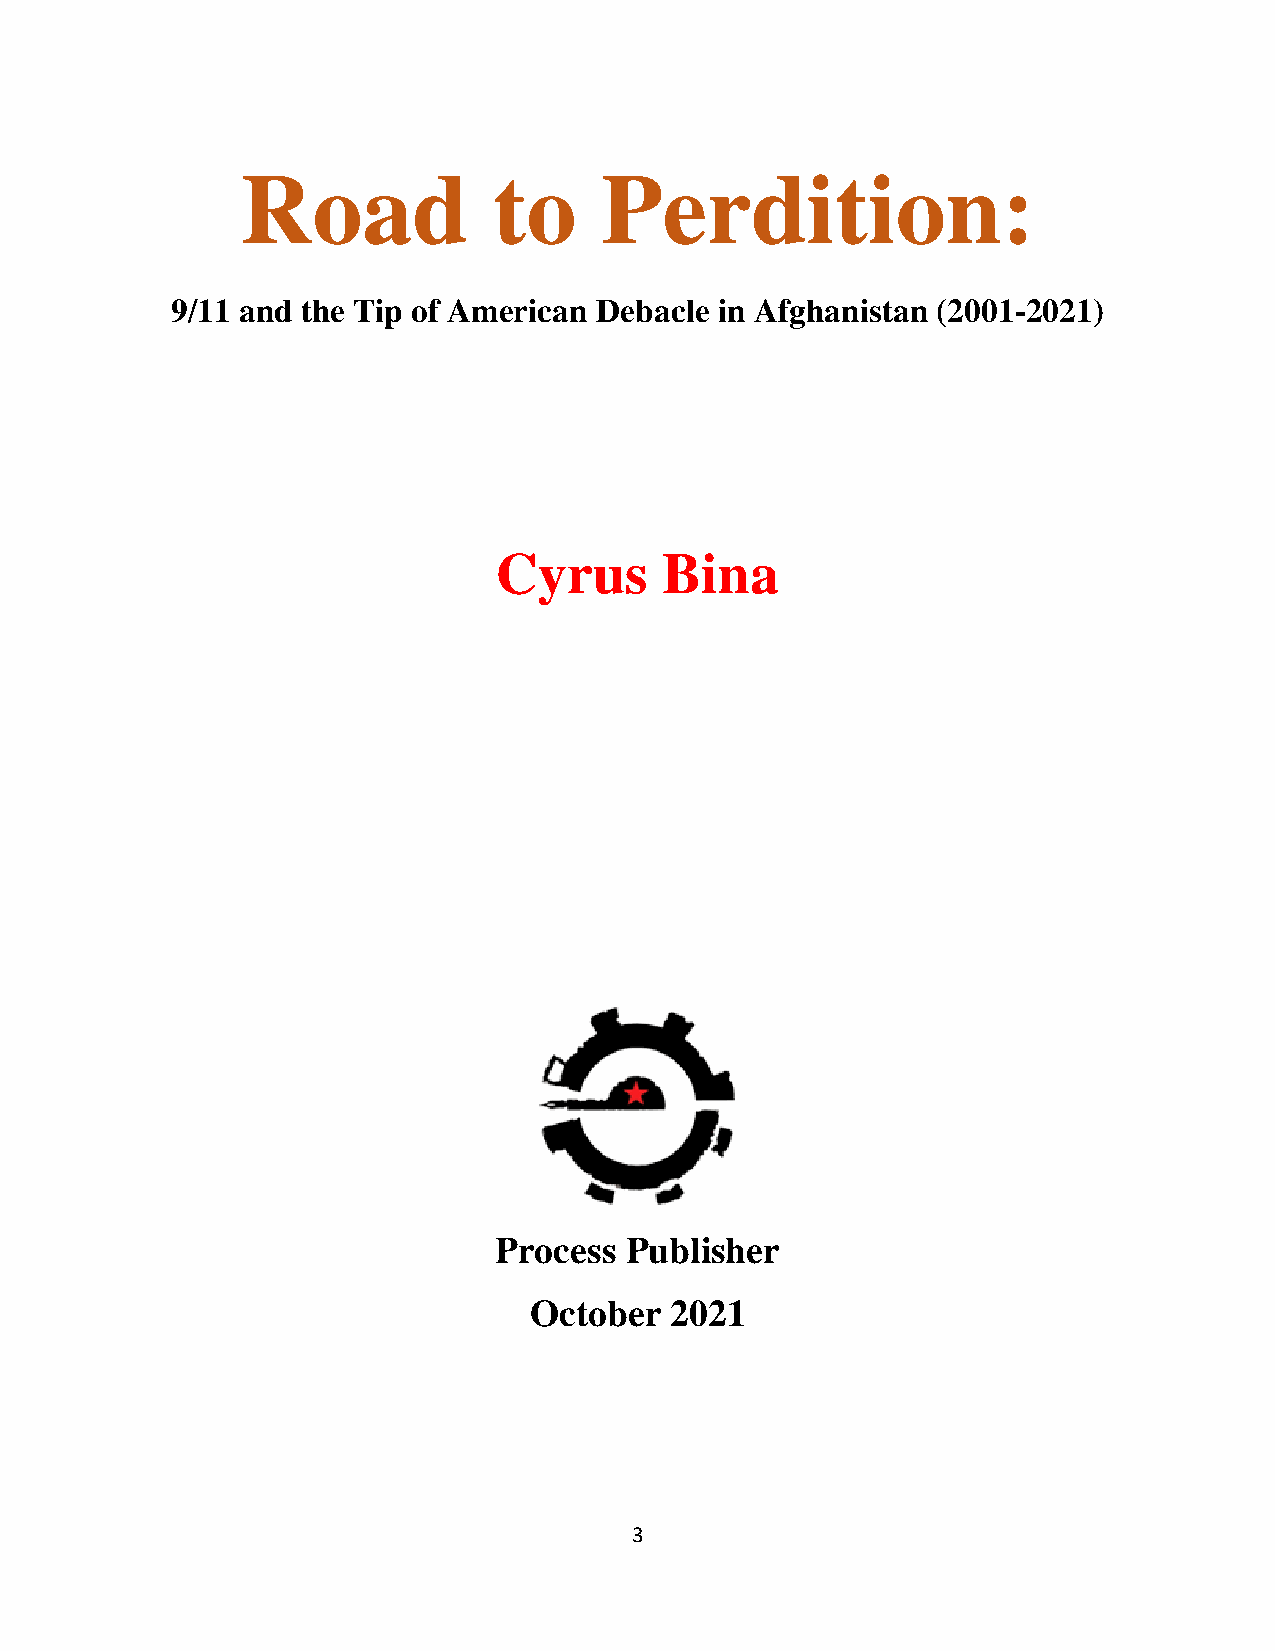
Road             to     Perdition:
 9/11 and the Tip of American Debacle in Afghanistan (2001-2021)
 Cyrus      Bina
 Process Publisher
 October  2021
 3